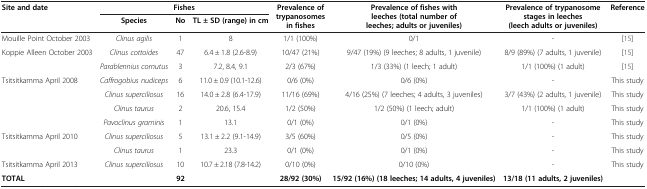
<table><thead><tr><td rowspan="2"><b>Site and date</b></td><td colspan="3"><b>Fishes</b></td><td rowspan="2"><b>Prevalence of trypanosomes in fishes</b></td><td rowspan="2"><b>Prevalence of fishes with leeches (total number of leeches; adults or juveniles)</b></td><td rowspan="2"><b>Prevalence of trypanosome stages in leeches (leech adults or juveniles)</b></td><td rowspan="2"><b>Reference</b></td></tr><tr><td><b>Species</b></td><td><b>No</b></td><td><b>TL ± SD (range) in cm</b></td></tr></thead><tbody><tr><td>Mouille Point October 2003</td><td><i>Clinus agilis</i></td><td>1</td><td>8</td><td>1/1 (100%)</td><td>0/1</td><td>-</td><td>[15]</td></tr><tr><td rowspan="2">Koppie Alleen October 2003</td><td><i>Clinus cottoides</i></td><td>47</td><td>6.4 ± 1.8 (2.6-8.9)</td><td>10/47 (21%)</td><td>9/47 (19%) (9 leeches; 8 adults, 1 juvenile)</td><td>8/9 (89%) (7 adults, 1 juvenile)</td><td>[15]</td></tr><tr><td><i>Parablennius cornutus</i></td><td>3</td><td>7.2, 8.4, 9.1</td><td>2/3 (67%)</td><td>1/3 (33%) (1 leech; 1 adult)</td><td>1/1 (100%) (1 adult)</td><td>[15]</td></tr><tr><td rowspan="4">Tsitsitkamma April 2008</td><td><i>Caffrogobius nudiceps</i></td><td>6</td><td>11.0 ± 0.9 (10.1-12.6)</td><td>0/6 (0%)</td><td>0/6 (0%)</td><td>-</td><td>This study</td></tr><tr><td><i>Clinus superciliosus</i></td><td>16</td><td>14.0 ± 2.8 (6.4-17.9)</td><td>11/16 (69%)</td><td>4/16 (25%) (7 leeches; 4 adults, 3 juveniles)</td><td>3/7 (43%) (2 adults, 1 juvenile)</td><td>This study</td></tr><tr><td><i>Clinus taurus</i></td><td>2</td><td>20.6, 15.4</td><td>1/2 (50%)</td><td>1/2 (50%) (1 leech; adult)</td><td>1/1 (100%) (1 adult)</td><td>This study</td></tr><tr><td><i>Pavoclinus graminis</i></td><td>1</td><td>13.1</td><td>0/1 (0%)</td><td>0/1 (0%)</td><td>-</td><td>This study</td></tr><tr><td rowspan="2">Tsitsitkamma April 2010</td><td><i>Clinus superciliosus</i></td><td>5</td><td>13.1 ± 2.2 (9.1-14.9)</td><td>3/5 (60%)</td><td>0/5 (0%)</td><td>-</td><td>This study</td></tr><tr><td><i>Clinus taurus</i></td><td>1</td><td>23.3</td><td>0/1 (0%)</td><td>0/1 (0%)</td><td>-</td><td>This study</td></tr><tr><td>Tsitsitkamma April 2013</td><td><i>Clinus superciliosus</i></td><td>10</td><td>10.7 ± 2.18 (7.8-14.2)</td><td>0/10 (0%)</td><td>0/10 (0%)</td><td>-</td><td>This study</td></tr><tr><td><b>TOTAL</b></td><td> </td><td><b>92</b></td><td> </td><td><b>28/92 (30%)</b></td><td><b>15/92 (16%) (18 leeches; 14 adults, 4 juveniles)</b></td><td><b>13/18 (11 adults, 2 juveniles)</b></td><td> </td></tr></tbody></table>